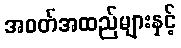
အဝတ်အထည်များနှင့်